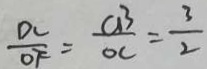
\frac { D C } { O F } = \frac { C B } { O C } = \frac { 3 } { 2 }